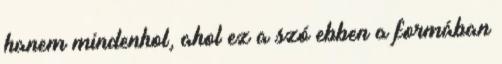
hanem mindenhol, ahol ez a szó ebben a formában